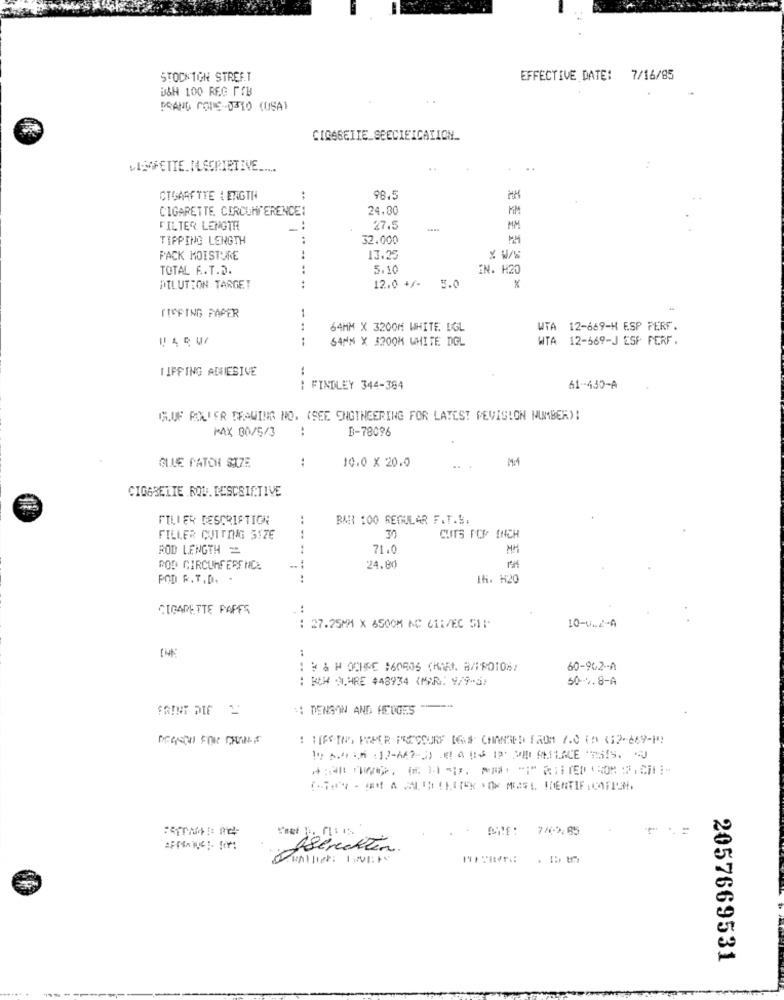
STOCKTON STREET
EFFECTIVE DATE: 7/16/85
B&H 100 REG PIB
PRANG COME-0310 (USA)
CIGGBEIIE_SEECIEICATION_
CIGARETTE LENGTH
98.5
CIGARETTE CIRCUMFERENCE:
24.00
MIM
FILTER LENGTH
27.5
MM
TIPPING LENGTH
32.000
MM
PACK MOISTURE
......
13.25
x W/w
TOTAL A.T.D.
..
5.10
EN. H20
DILUTION TARGET
12.0 +/-
5.0
ITOPING PAPER
--
64MM X 3200M WHITE DGL
WTA 12-669-H ESP PERF.
SAMM X 3200M WHITE DGL
WTA 12-669-J ESP PERF.
IIFFING ADESIVE
: FINDLEY 344-364
61-430-A
IMUF PILIER DRAWING NO. (SEE ENGINEERING FOR LATEST REVISION NUMBER):
MAX 00/5/3
:
B-78096
:
M11
OLLE PATCH SIZE
10.0 X 20.0
CIGGBELIE ROD. DESCSIETIVE
FILLER DESCRIPTION
..
BAR 100 REGULAR F.T.S.
FILLER CUTTING SIZE
30
CUTS POP INCH
ROD LENGTH =
71.0
MM
BOD CIRCUMFERENCE
24.80
POD R.T.D. .
IN. H20
CIGARETTE PAFFE
:
27.25MM X 6500M NC 611/EC 511-
10-0 .. 2-A
.. ..
* & H OCHRE :60806 (KARL B/PROTO8:
60-962-A
: KWH A,HRE 448934 (MAR: 9/9-SF
50 -- 9.8-A
:: DENSON AND HEDOES ---
: 1[SSIMO PAPER POUCOURF ION# CHANGED FROM 7.0 19 412-669-⑈ !!
fsencktin
2057669531